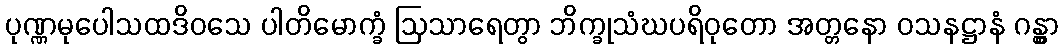
ပုဏ္ဏမုပေါသထဒိဝသေ ပါတိမောက္ခံ ဩသာရေတွာ ဘိက္ခုသံဃပရိဝုတော အတ္တနော ဝသနဋ္ဌာနံ ဂန္တွာ